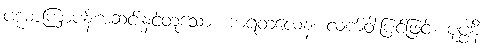
ပဒုမာကြာပန်းအဆင်းနှင့်တူသော။ ကရတလေန၊ လက်ဝါးပြင်ဖြင့်။ ပုပ္ဖါနိ၊